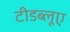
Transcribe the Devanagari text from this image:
टीडब्लूए